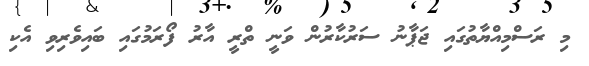
މި ރަސްމިއްޔާތުގައި ޖަޕާނު ސަރުކާރުން ވަނީ ތްރީ އާރު ފޯރަމުގައި ބައިވެރިވި އެކި